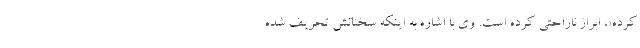
کرده»، ابراز ناراحتی کرده است. وی با اشاره به اینکه سخنانش تحریف شده